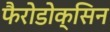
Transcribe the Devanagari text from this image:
फैरोडोक्सिन